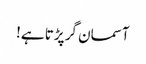
آسمان گر پڑتا ہے!